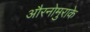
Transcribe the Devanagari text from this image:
औरनोमुराके